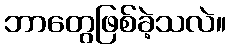
ဘာတွေဖြစ်ခဲ့သလဲ။